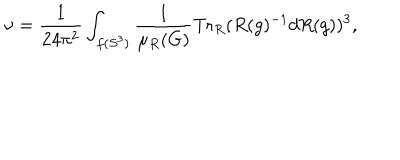
\nu = \frac { 1 } { 2 4 \pi ^ { 2 } } \int _ { f ( S ^ { 3 } ) } \frac { 1 } { \mu _ { R } ( G ) } \mathrm { T r } _ { R } ( R ( g ) ^ { - 1 } d R ( g ) ) ^ { 3 } ,